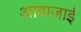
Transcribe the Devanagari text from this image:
आवाजाई